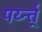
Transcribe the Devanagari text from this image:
पर्य्न्त्